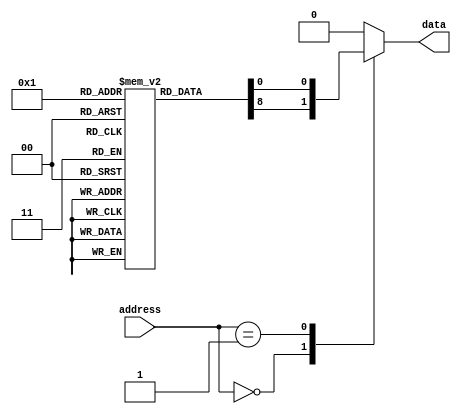
module anti_fuse_ROM (
    input wire [7:0] address,
    output reg data
);

// Anti-fuse ROM memory array
reg [7:0] memory [0:255];

// Initialize memory array with programmed values
initial
begin
    // Initialize memory with programmed values
    // For example:
    memory[0] = 8'hAB; 
    memory[1] = 8'hCD;
    // Programming values for all memory locations
end

// Address decoding logic to access specific memory locations
always @(*)
begin
    case(address)
        8'h00: data = memory[0];
        8'h01: data = memory[1];
        // Add more cases for all memory locations
        default: data = 8'h00; // Default case
    endcase
end

endmodule